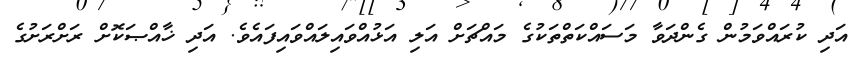
އަދި ކުރައްވަމުން ގެންދަވާ މަސައްކަތްތަކުގެ މައްޗަށް އަލި އަޅުއްވައިލައްވައިފައެވެ. އަދި ޚާއްޞަކޮށް ރަށްރަށުގެ